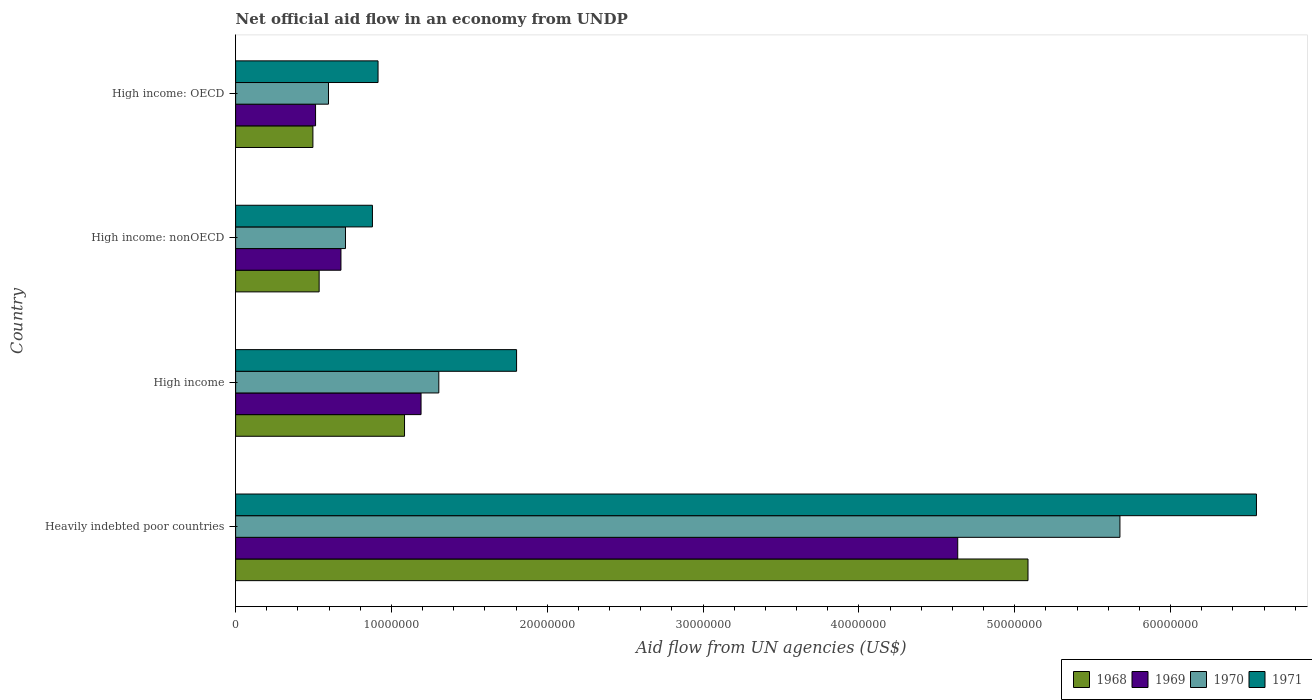
| Country | 1968 | 1969 | 1970 | 1971 |
 | --- | --- | --- | --- | --- |
 | Heavily indebted poor countries | 5.08e+07 | 4.63e+07 | 5.68e+07 | 6.55e+07 |
 | High income | 1.08e+07 | 1.19e+07 | 1.3e+07 | 1.8e+07 |
 | High income: nonOECD | 5.36e+06 | 6.76e+06 | 7.05e+06 | 8.78e+06 |
 | High income: OECD | 4.96e+06 | 5.13e+06 | 5.96e+06 | 9.14e+06 |